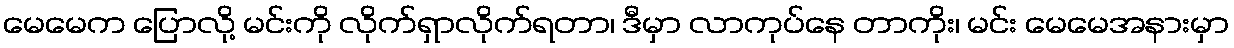
မေမေက ပြောလို့ မင်းကို လိုက်ရှာလိုက်ရတာ၊ ဒီမှာ လာကုပ်နေ တာကိုး၊ မင်း မေမေအနားမှာ